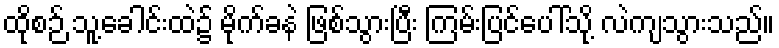
ထိုစဉ် သူ့ခေါင်းထဲ၌ မိုက်ခနဲ ဖြစ်သွားပြီး ကြမ်းပြင်ပေါ်သို့ လဲကျသွားသည်။